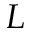
{ \cal L }